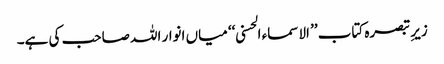
زیرِ تبصرہ کتاب ’’ الاسماء الحسنی ‘‘ میاں انوار اللہ صاحب کی ہے۔